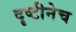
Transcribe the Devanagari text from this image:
दृष्टीनेच